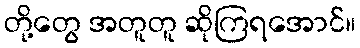
တို့တွေ အတူတူ ဆိုကြရအောင်။